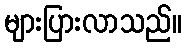
များပြားလာသည်။